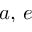
a , \, e